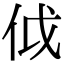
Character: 𠇘